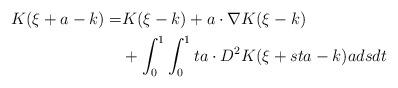
LaTeX: \begin{align*}K(\xi+a-k)=&K(\xi-k)+ a\cdot \nabla K(\xi-k) \\&+ \int_0^1\int_0^1 ta\cdot D^2K(\xi+sta-k)a dsdt \end{align*}